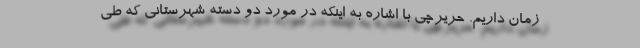
زمان داریم. حریرچی با اشاره به اینکه در مورد دو دسته شهرستانی که طی